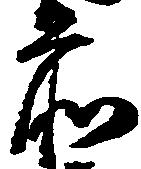
前